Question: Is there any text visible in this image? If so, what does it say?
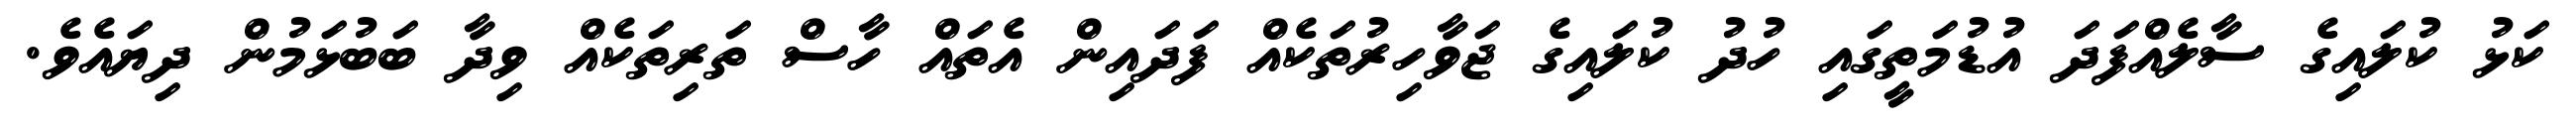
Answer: ކަޅު ކުލައިގެ ސާލެއްފަދަ އުޑުމަތީގައި ހުދު ކުލައިގެ ޖަވާހިރުތަކެއް ފަދައިން އެތައް ހާސް ތަރިތަކެއް ވިދާ ބަބުޅަމުން ދިޔައެވެ.